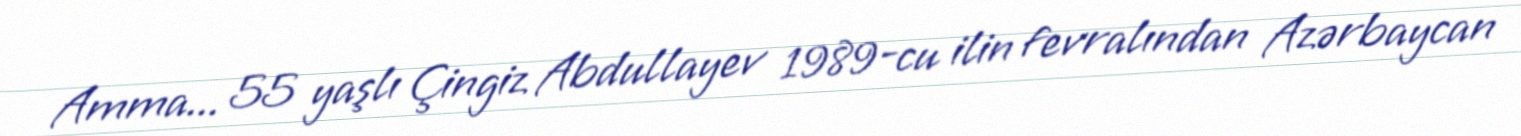
Amma... 55 yaşlı Çingiz Abdullayev 1989-cu ilin fevralından Azərbaycan